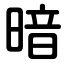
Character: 暗